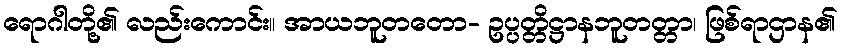
ရောဂါတို့၏ လည်းကောင်း။ အာယဘူတတော- ဥပ္ပတ္တိဋ္ဌာနဘူတတ္တာ၊ ဖြစ်ရာဌာန၏